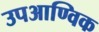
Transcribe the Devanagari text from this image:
उपआण्विक